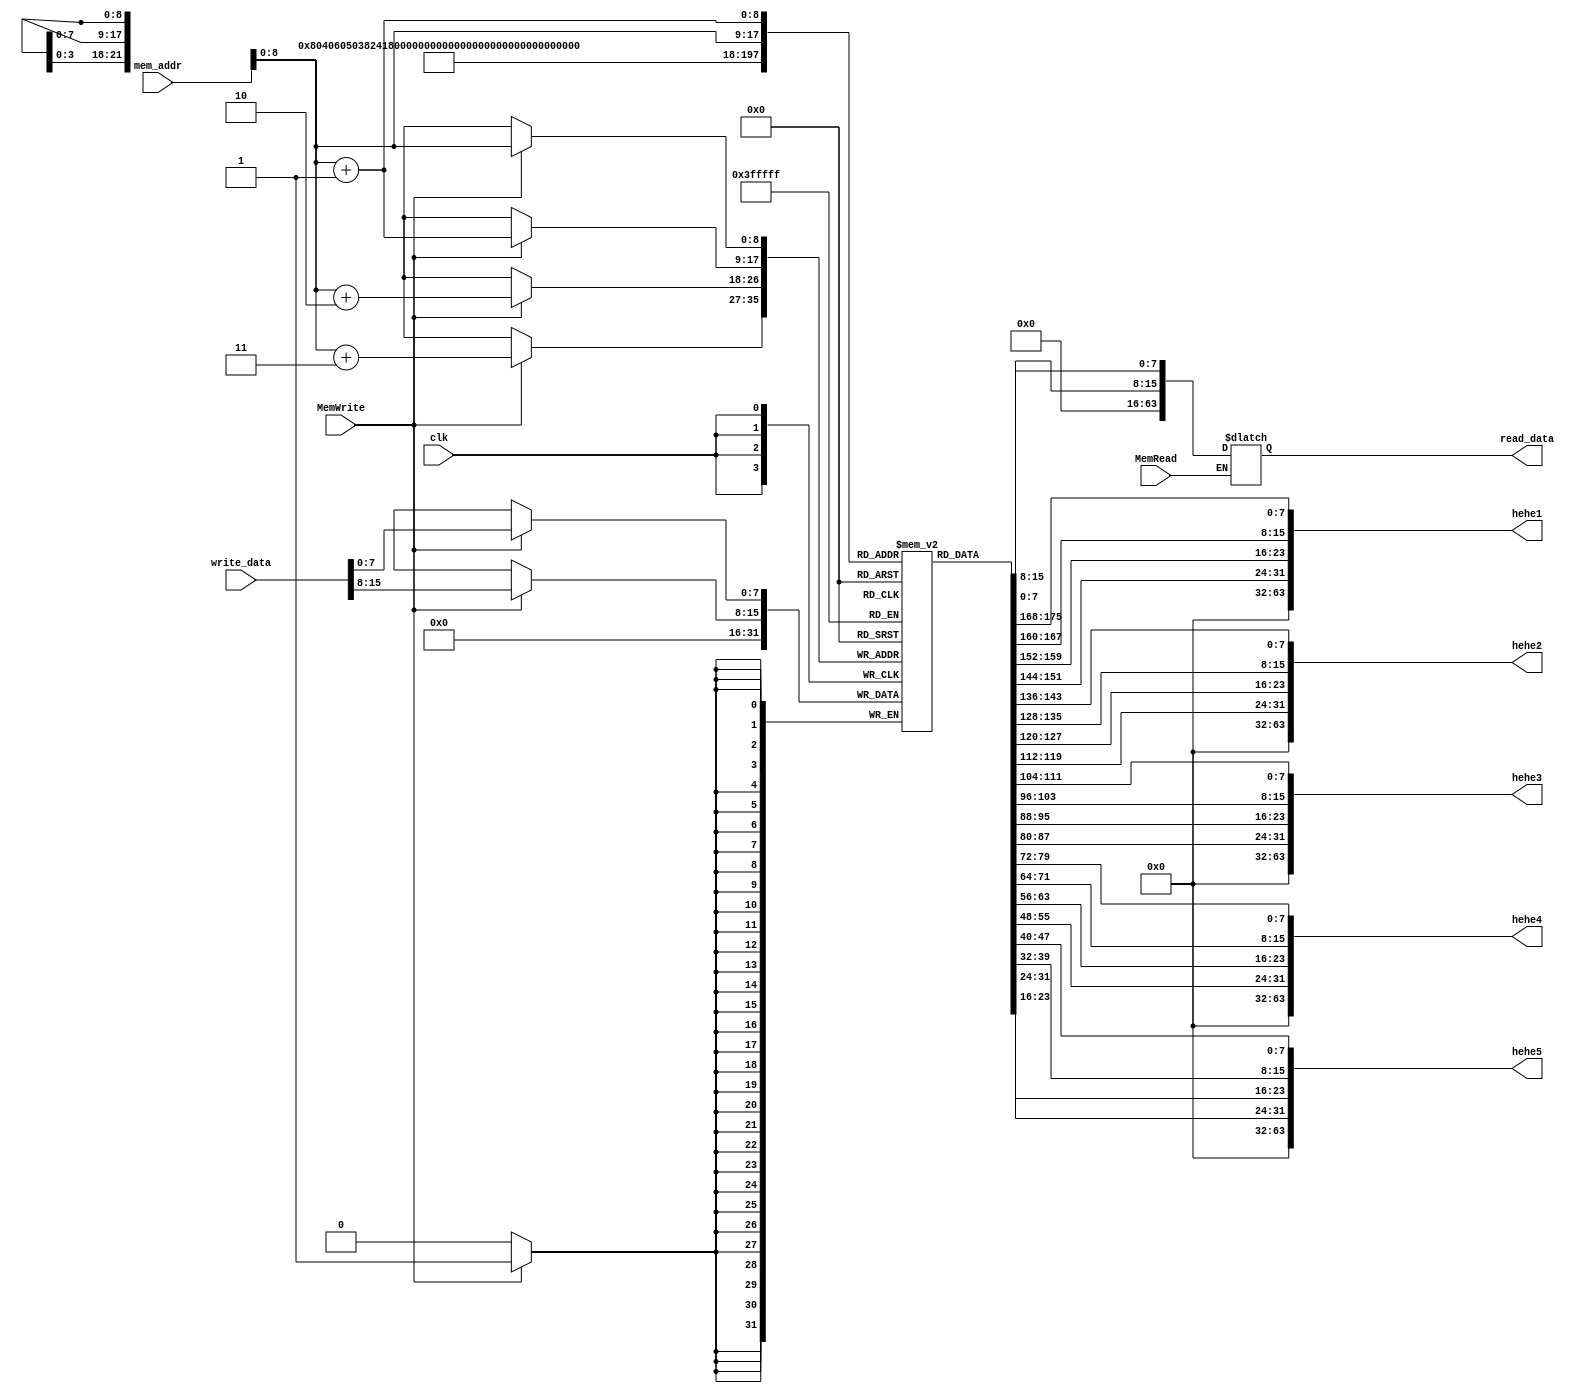
`timescale 1ns / 1ps
//////////////////////////////////////////////////////////////////////////////////
// Company: 
// Engineer: 
// 
// Design Name: 
// Module Name: data_mem
// Project Name: 
// Target Devices: 
// Tool Versions: 
// Description: 
// 
// Dependencies: 
// 
// Revision:
// Revision 0.01 - File Created
// Additional Comments:
// 
//////////////////////////////////////////////////////////////////////////////////

module data_mem(
input [63:0] mem_addr,
input [63:0] write_data,
input clk,
input MemWrite,
input MemRead,
output reg [63:0] read_data,
output [63:0] hehe1,
output [63:0] hehe2,
output [63:0] hehe3,
output [63:0] hehe4,
output [63:0] hehe5
);
 
reg [7:0] data_mem[300:0];
//initial
//begin
//data_mem [0] = 8'b10000011;
//data_mem [1] = 8'b00110100;
//data_mem [2] = 8'b00000101;
//data_mem [3] = 8'b00001111;
//data_mem [4] = 8'b10110011;
//data_mem [5] = 8'b10000100;
//data_mem [6] = 8'b10011010;
//data_mem [7] = 8'b00000000;
//data_mem [8] = 8'b10010011;
//data_mem [9] = 8'b10000100;
//data_mem [10] = 8'b00010100;
//data_mem [11] = 8'b00000000;
//data_mem [12] = 8'b00100011;
//data_mem [13] = 8'b00111000;
//data_mem [14] = 8'b10010101;
//data_mem [15] = 8'b00001110;
//data_mem [16] = 8'b10000011;
//data_mem [17] = 8'b00110100;
//data_mem [18] = 8'b00000101;
//data_mem [19] = 8'b00001111;
//data_mem [20] = 8'b10110011;
//data_mem [21] = 8'b10000100;
//data_mem [22] = 8'b10011010;
//data_mem [23] = 8'b00000000;
//data_mem [24] = 8'b10010011;
//data_mem [25] = 8'b10000100;
//data_mem [26] = 8'b00010100;
//data_mem [27] = 8'b00000000;
//data_mem [28] = 8'b00100011;
//data_mem [29] = 8'b00111000;
//data_mem [30] = 8'b10010101;
//data_mem [31] = 8'b00001110;
//data_mem [32] = 8'b10000011;
//data_mem [33] = 8'b00110100;
//data_mem [34] = 8'b00000101;
//data_mem [35] = 8'b00001111;
//data_mem [36] = 8'b10110011;
//data_mem [37] = 8'b10000100;
//data_mem [38] = 8'b10011010;
//data_mem [39] = 8'b00000000;
//data_mem [40] = 8'b10010011;
//data_mem [41] = 8'b10000100;
//data_mem [42] = 8'b00010100;
//data_mem [43] = 8'b00000000;
//data_mem [44] = 8'b00100011;
//data_mem [45] = 8'b00111000;
//data_mem [46] = 8'b10010101;
//data_mem [47] = 8'b00001110;
//data_mem [48] = 8'b10000011;
//data_mem [49] = 8'b00110100;
//data_mem [50] = 8'b00000101;
//data_mem [51] = 8'b00001111;
//data_mem [52] = 8'b10110011;
//data_mem [53] = 8'b10000100;
//data_mem [54] = 8'b10011010;
//data_mem [55] = 8'b00000000;
//data_mem [56] = 8'b10010011;
//data_mem [57] = 8'b10000100;
//data_mem [58] = 8'b00010100;
//data_mem [59] = 8'b00000000;
//data_mem [60] = 8'b00100011;
//data_mem [61] = 8'b00111000;
//data_mem [62] = 8'b10010101;
//data_mem [63] = 8'b00001110;

integer i;
    initial begin
        for (i=0; i<300; i=i+1) begin
            data_mem[i] = 8'b00000000; 
        end
    end
 
  assign hehe1 = {data_mem[259],data_mem[258],data_mem[257],data_mem[256]};
  assign hehe2 = {data_mem[263], data_mem[262],data_mem[261],data_mem[260]};
  assign hehe3 = {data_mem[267],data_mem[266],data_mem[265],data_mem[264]};
  assign hehe4 = {data_mem[271],data_mem[270],data_mem[269],data_mem[268]};
  assign hehe5 = {data_mem[275],data_mem[274],data_mem[253],data_mem[272]};
 
always @(posedge clk) begin //writing data 
if (MemWrite ==1) begin
    data_mem[mem_addr] = write_data[7:0];
    data_mem[mem_addr+1] = write_data[15:8];
    data_mem[mem_addr+2] = 8'b00000000; //making this change since we are doing sw not sd
    data_mem[mem_addr+3] = 8'b00000000;
end
end
 
always @(mem_addr) begin //read only
if (MemRead ==1) begin
    read_data[7:0] = data_mem[mem_addr];
    read_data[15:8] = data_mem[mem_addr+1];
    read_data[23:16] = 8'b00000000;
    read_data[31:24] =8'b00000000;
    read_data[39:32] =8'b00000000;
    read_data[47:40] =8'b00000000;
    read_data[55:48] = 8'b00000000;
    read_data[63:56] = 8'b00000000;
end
end

endmodule